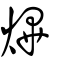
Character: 熚